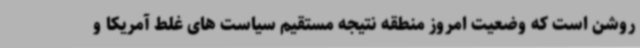
روشن است که وضعیت امروز منطقه نتیجه مستقیم سیاست های غلط آمریکا و